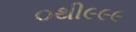
૦થી૯૯૯